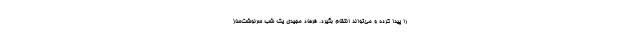
را پیدا کرده و می‌تواند انتقام بگیرد. فرهاد مجیدی یک شب سرنوشت‌ساز